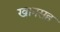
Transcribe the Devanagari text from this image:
खानसह